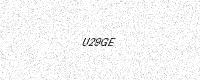
Text: U29GE